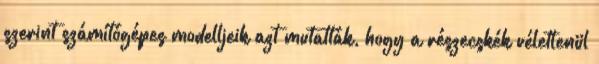
szerint számítógépes modelljeik azt mutatták, hogy a részecskék véletlenül